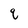
Character: q